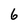
Character: 6